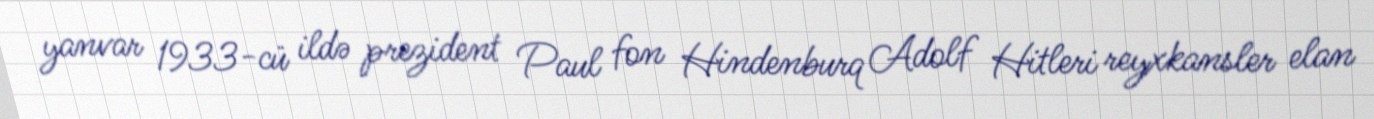
yanvar 1933-cü ildə prezident Paul fon Hindenburq Adolf Hitleri reyxkansler elan